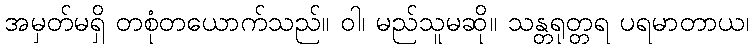
အမှတ်မရှိ တစုံတယောက်သည်။ ဝါ၊ မည်သူမဆို။ သန္တရုတ္တရ ပရမာတာယ၊